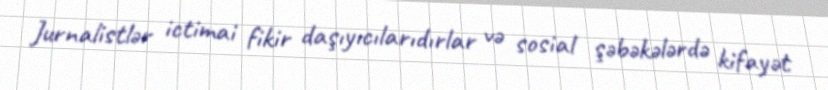
Jurnalistlər ictimai fikir daşıyıcılarıdırlar və sosial şəbəkələrdə kifayət